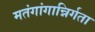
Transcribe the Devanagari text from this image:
मतंगांगान्निर्गता